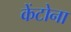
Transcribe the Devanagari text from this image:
केंटोना